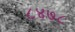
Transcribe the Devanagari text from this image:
८४७८